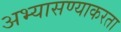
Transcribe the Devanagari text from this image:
अभ्यासण्याकरता